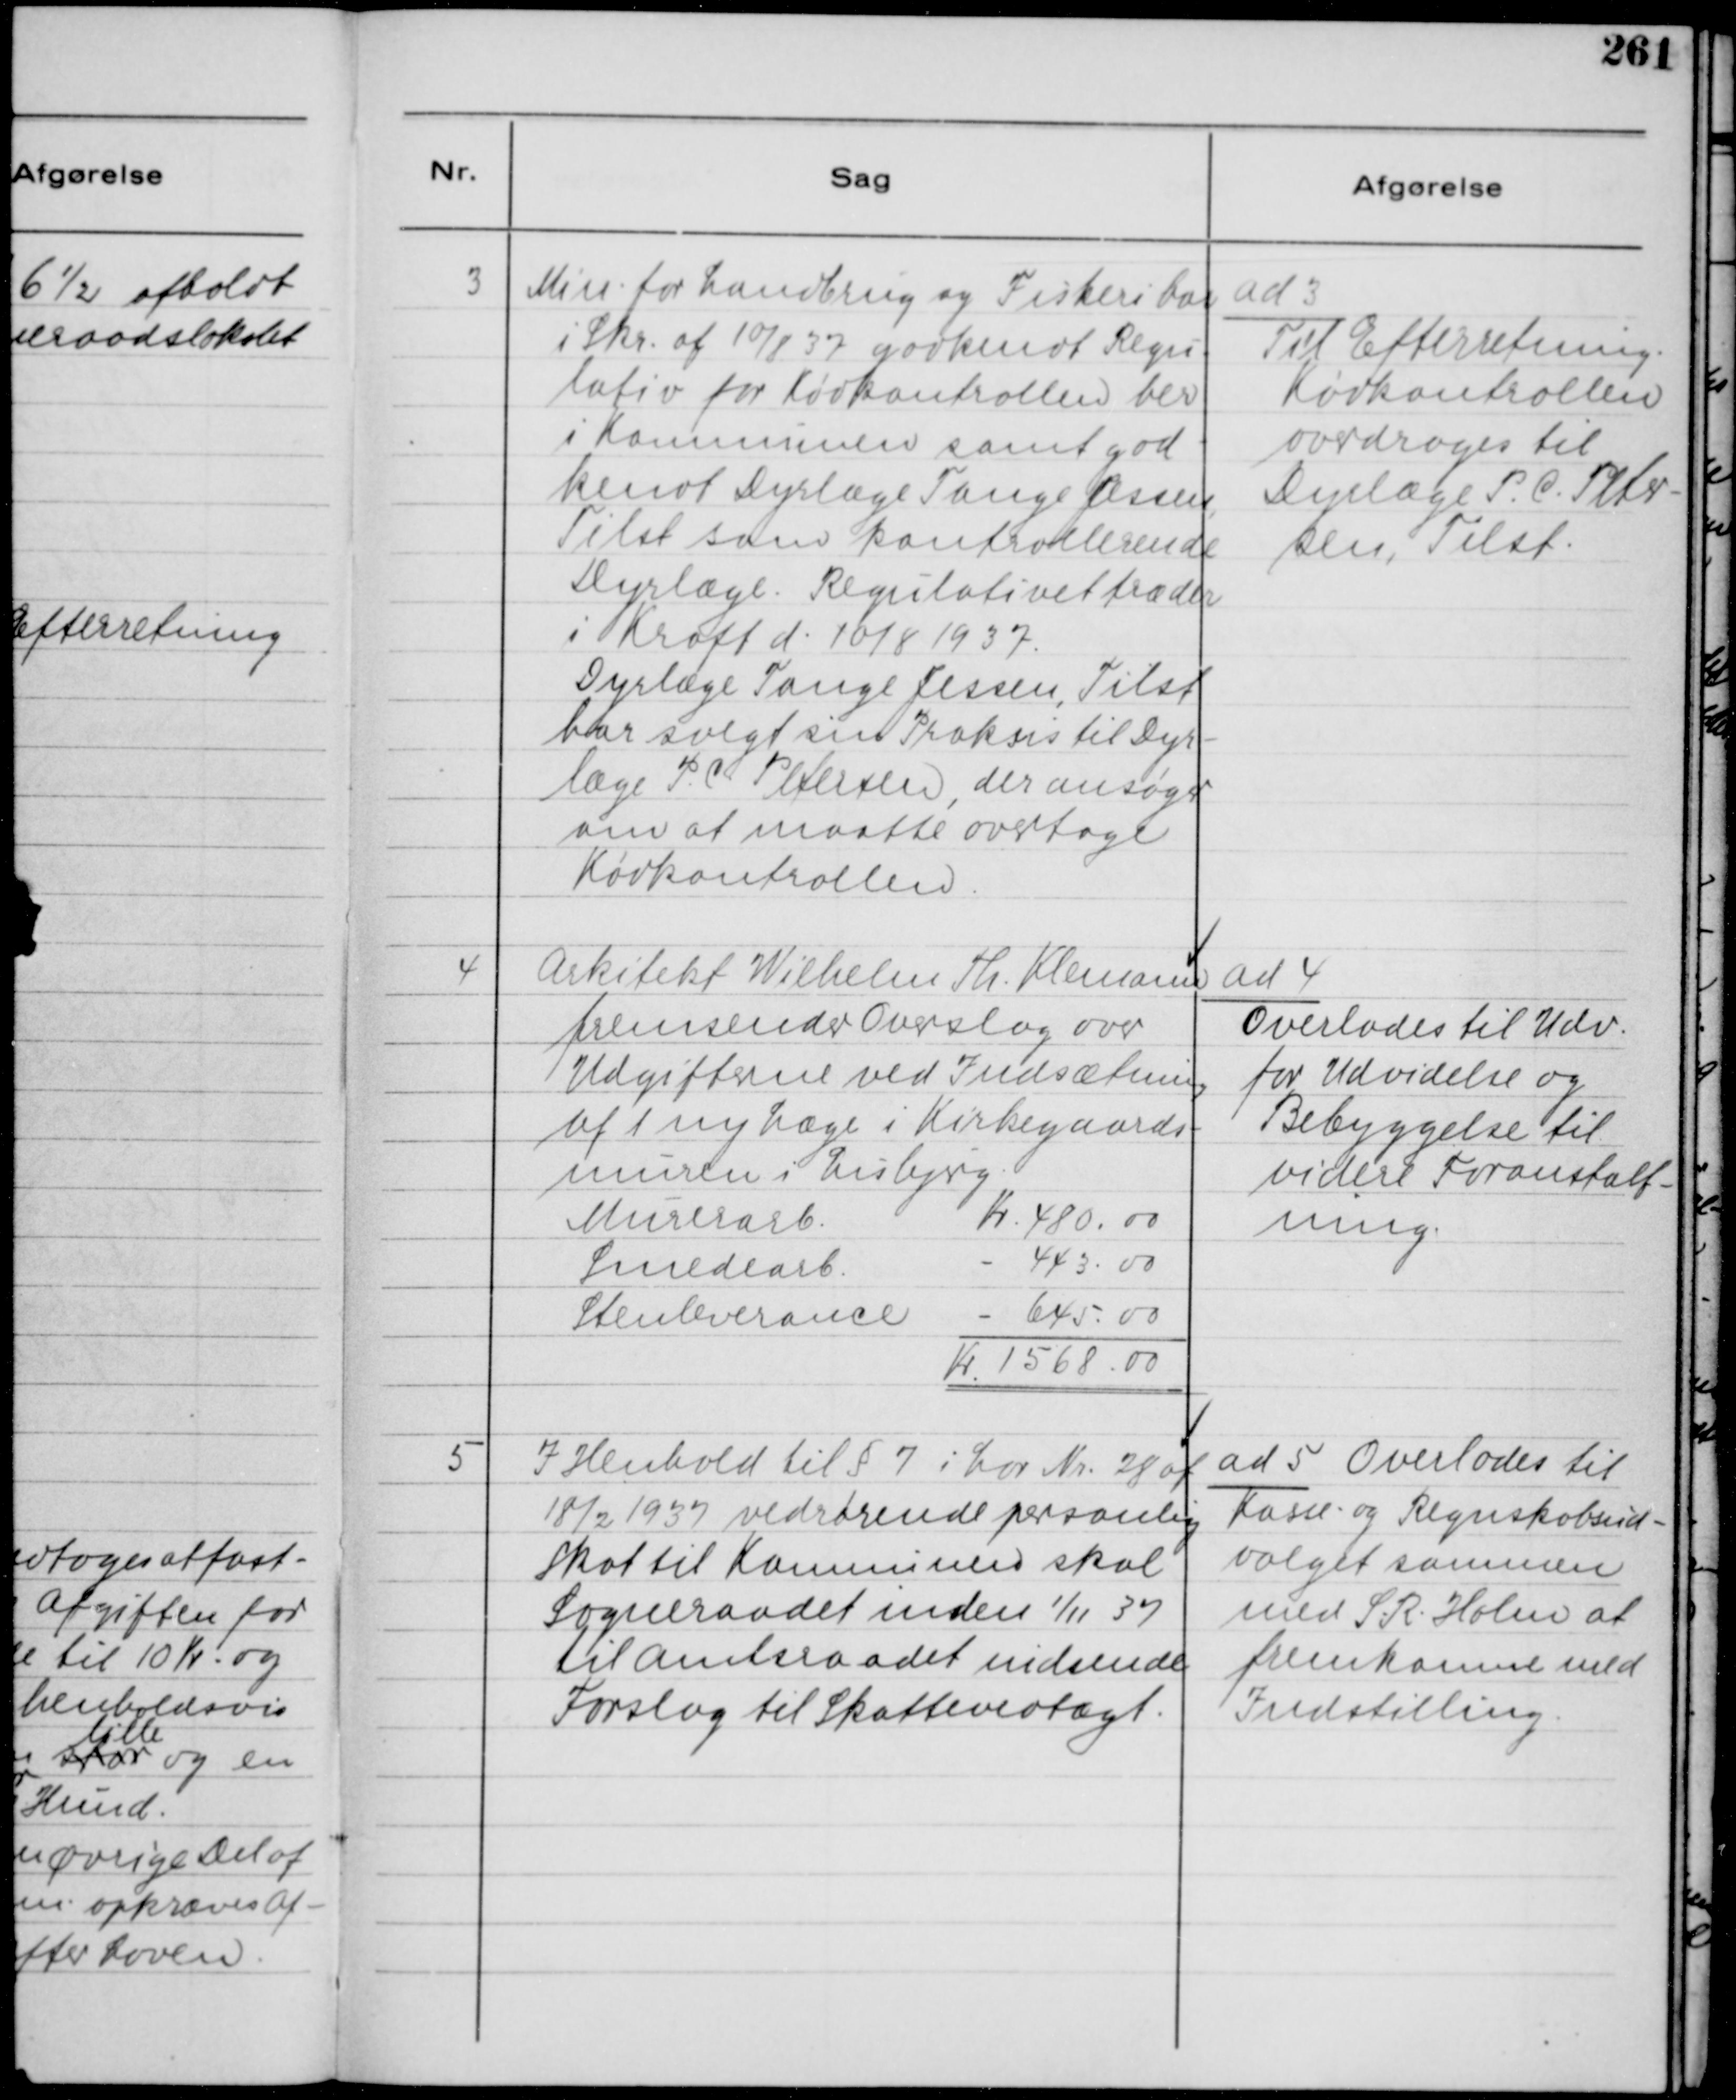
Transskription:
3
Min. for Landbrug og Fiskeri har
i Skr. af 10/8 37 godkendt Regu-
lativ for Kødkontrollen her
i Kommunen samt god-
kendt Dyrlæge Tange Jessen,
Tilst som kontrollerende
Dyrlæge. Regulativet træder
i Kraft d. 10/8 1937.
Dyrlæge Tange Jessen, Tilst
har solgt sin Praksis til Dyr-
læge P. C. Petersen, der ansøger
om at maatte overtage
Kødkontrollen.

ad 3
Til Efterretning.
Kødkontrollen
ovedroges til
Dyrlæge P. C. Peter-
sen, Tilst.

4
Arkitekt Wilhelm Th. Klemann
fremsender Overslag over
Udgifterne ved Indsætning
af 1 ny Læge i Kirkegaards-
muren i Lisbjerg.
Murerarb.
Kr. 480,00
Smedearb.
- 443.00
Stenleverance
- 645,00
Kr 1568,00

ad 4
Overlodes til Udv.
for Udvidelse og
Bebyggelse til
videre Foranstalt-
ning.

5
I Henhold til § 7 i Lov Nr. 28 af
18/2 1937 vedrørende personlig
Skat til Komnunen skal
Sogneraadet inden 1/11 37
til Amtsraadet indsende
Forslag til Skattevedtægt.

ad 5 Overlodes til
Kasse- og Regnskabsud-
valget sammen
med S. R. Holm at
fremkomne med
Indstilling.